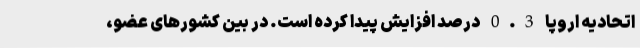
اتحادیه اروپا 0.3 درصد افزایش پیدا کرده است. در بین کشورهای عضو،